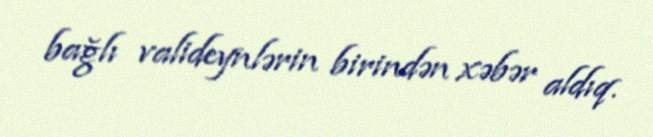
bağlı valideynlərin birindən xəbər aldıq.